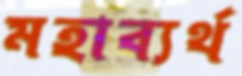
মহাব্যর্থ